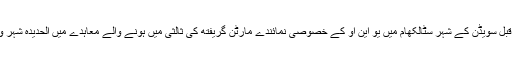
یاد رہے کہ انصاراللہ اور یمن کی مستعفی حکومت کے نمائندے، پانچ ماہ قبل سویڈن کے شہر سٹالکھام میں یو این او کے خصوصی نمائندے مارٹن گریفتھ کی ثالثی میں ہونے والے معاہدے میں الحدیدہ شہر و بندرگاہ اور الصلیف و عین عیسیٰ بنادر میں سیز فائر پر متفق ہوچکے ہیں۔